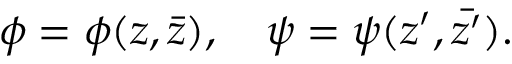
\phi = \phi ( z , \bar { z } ) , \quad \psi = \psi ( z ^ { \prime } , \bar { z ^ { \prime } } ) .